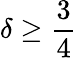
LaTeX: \delta\geq{\frac{3}{4}}